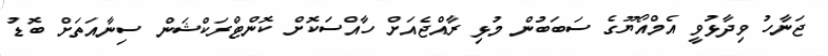
ޖަނާހު ވިދާޅުވީ އެމްއޯޔޫގެ ސަބަބުން މުޅި ރާއްޖެއަށް ހާއްސަކޮށް ކޮންޓްރަކްޝަން ސިނާއަތަށް ބޮޑު